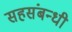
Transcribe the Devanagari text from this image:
सहसंबन्धी